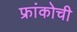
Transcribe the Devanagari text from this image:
फ्रांकोची